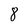
Character: 8